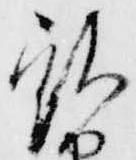
被